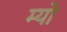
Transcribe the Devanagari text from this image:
म्‍यो